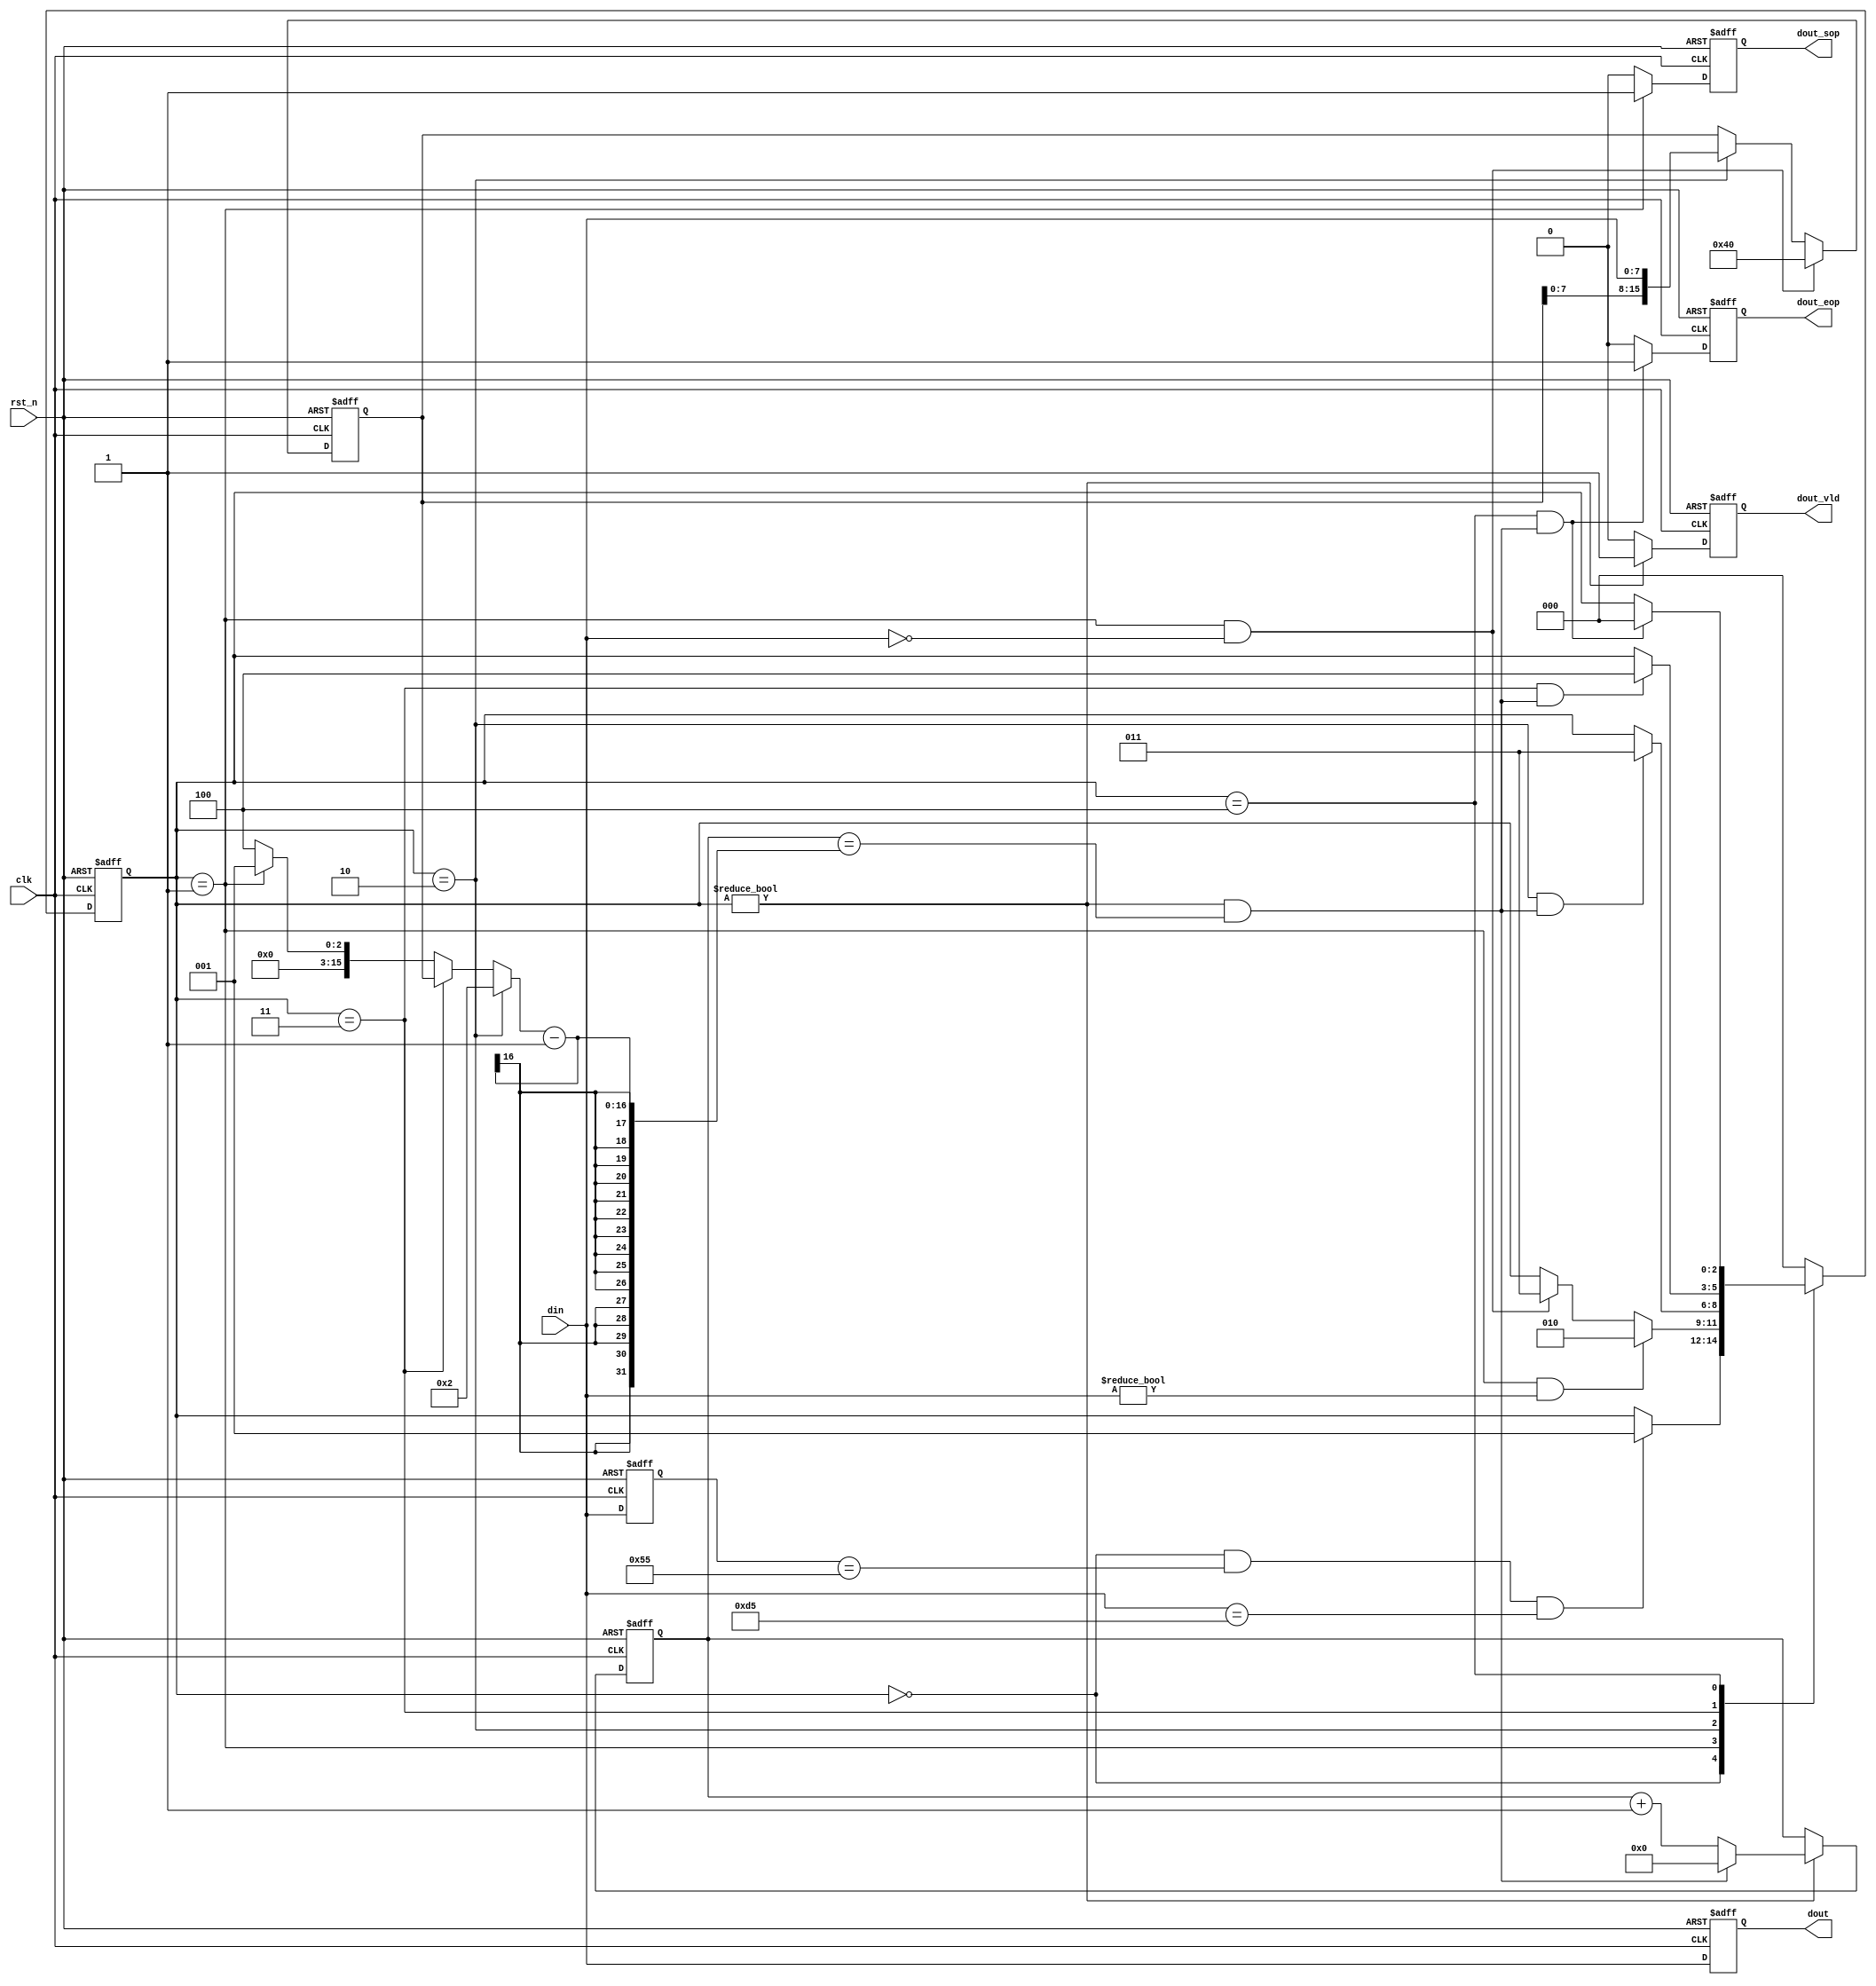
module messageIdentifier(
    clk,
    rst_n,
    din,
    dout,
    dout_sop,
    dout_eop,
    dout_vld
);
    parameter HEAD = 0;
    parameter TYPE = 1;
    parameter LEN  = 2;
    parameter DATA = 3;
    parameter FCS  = 4;

    input clk;
    input rst_n;
    input [7:0] din;
    output reg [7:0] dout;
    output reg dout_sop;
    output reg dout_eop;
    output reg dout_vld;

    reg [7:0] din_ff0;

    reg [2:0] state_c;
    reg [2:0] state_n;

    reg [31:0] cnt;
    wire add_cnt;
    wire end_cnt;
    reg [15:0] x;
    reg [15:0] length;

    wire head2type_start;
    wire type2len_start;
    wire len2data_start;
    wire type2data_start;
    wire data2fcs_start;
    wire fcs2head_start;

    // 
    always @(posedge clk or negedge rst_n) begin
        if(rst_n == 1'b0) begin
            state_c <= HEAD;
        end
        else begin
            state_c <= state_n;
        end
    end

    // 
    always @(*) begin
        case(state_c)
            HEAD: begin
                if(head2type_start) begin
                    state_n = TYPE;
                end
                else begin
                    state_n = state_c;
                end
            end
            TYPE: begin
                if(type2len_start) begin
                    state_n = LEN;
                end
                else if(type2data_start)begin
                    state_n = DATA;
                end
                else begin
                    state_n = state_c;
                end
            end
            LEN: begin
                if(len2data_start)begin
                    state_n = DATA;
                end
                else begin
                    state_n = state_c;
                end
            end
            DATA: begin
                if(data2fcs_start)begin
                    state_n = FCS;
                end
                else begin
                    state_n = state_c;
                end
            end
            FCS: begin
                if(fcs2head_start)begin
                    state_n = HEAD;
                end
                else begin
                    state_n = state_c;
                end
            end
            default: begin
                state_n = HEAD;
            end
        endcase
    end

    // assign
    assign head2type_start = state_c == HEAD && din_ff0 == 8'h55 && din == 8'hd5;
    assign type2len_start  = state_c == TYPE && din != 0;
    assign type2data_start = state_c == TYPE && din == 0;
    assign len2data_start  = state_c == LEN  && end_cnt;
    assign data2fcs_start  = state_c == DATA && end_cnt;
    assign fcs2head_start  = state_c == FCS  && end_cnt;

    // 
    // cnt
    always@(posedge clk or negedge rst_n)begin
        if(rst_n==1'b0)begin
            cnt <= 0;
        end
        else if(add_cnt)begin
            if(end_cnt)begin
                cnt <= 0;
            end
            else begin
                cnt <= cnt + 1;
            end
        end
    end

    assign add_cnt = state_c != HEAD;
    assign end_cnt = add_cnt && cnt == x - 1;

    // din_ff0
    always @(posedge clk or negedge rst_n) begin
        if(rst_n == 1'b0)begin
            din_ff0 <= 0;
        end
        else begin
            din_ff0 <= din;
        end
    end

    // length
    always @(posedge clk or negedge rst_n) begin
        if (rst_n == 1'b0) begin
            length <= 0;
        end
        else if(type2data_start) begin
            length <= 64;
        end
        else if(state_c == LEN) begin
            length <= {length[7:0], din};
        end
    end

    // x
    always @(*) begin
        if(state_c == LEN) begin
            x = 2;
        end
        else if(state_c == DATA) begin
            x = length;
        end
        else if(state_c == TYPE) begin
            x = 1;
        end
        else begin
            x = 4;
        end 
    end

    // dout
    always @(posedge clk or negedge rst_n) begin
        if(rst_n == 1'b0)begin
            dout <= 0;
        end
        else begin
            dout <= din;
        end
    end

    // dout_sop
    always @(posedge clk or negedge rst_n) begin
        if(rst_n == 1'b0)begin
            dout_sop <= 0;
        end
        else if(state_c == TYPE) begin
            dout_sop <= 1;
        end
        else begin
            dout_sop <= 0;
        end
    end

    // dout_eop
    always @(posedge clk or negedge rst_n) begin
        if(rst_n == 1'b0)begin
            dout_eop <= 0;
        end
        else if(state_c == FCS && end_cnt) begin
            dout_eop <= 1;
        end
        else begin
            dout_eop <= 0;
        end
    end

    // dout_vld
    always @(posedge clk or negedge rst_n) begin
        if(rst_n == 1'b0)begin
            dout_vld <= 0;
        end
        else if(state_c != HEAD) begin
            dout_vld <= 1;
        end
        else begin
            dout_vld <= 0;
        end
    end

endmodule